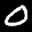
Label: 0